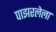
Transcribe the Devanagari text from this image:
पाझरलेला